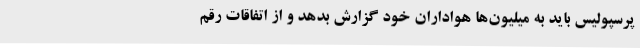
پرسپولیس باید به میلیون‌ها هواداران خود گزارش بدهد و از اتفاقات رقم